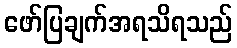
ဖော်ပြချက်အရသိရသည်